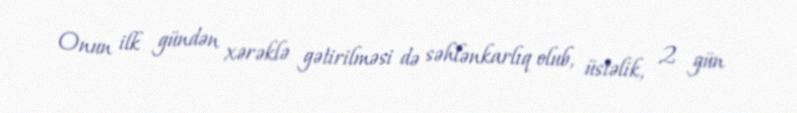
Onun ilk gündən xərəklə gətirilməsi də səhlənkarlıq olub, üstəlik, 2 gün